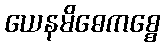
ယေနမိဓေကစ္စေ